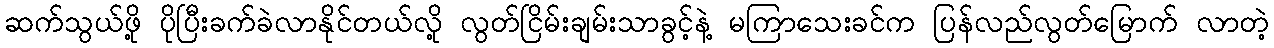
ဆက်သွယ်ဖို့ ပိုပြီးခက်ခဲလာနိုင်တယ်လို့ လွတ်ငြိမ်းချမ်းသာခွင့်နဲ့ မကြာသေးခင်က ပြန်လည်လွတ်မြောက် လာတဲ့